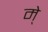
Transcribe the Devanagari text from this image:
मे्